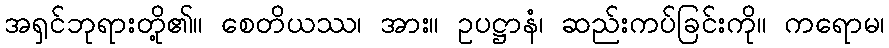
အရှင်ဘုရားတို့၏။ စေတိယဿ၊ အား။ ဥပဋ္ဌာနံ၊ ဆည်းကပ်ခြင်းကို။ ကရောမ၊